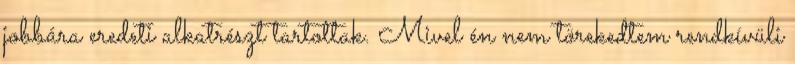
jobbára eredeti alkatrészt tartottak. Mivel én nem törekedtem rendkívüli